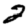
Digit: 2